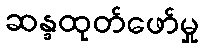
ဆန္ဒထုတ်ဖော်မှု